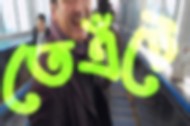
তেএঁটে